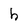
Character: h